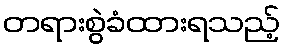
တရားစွဲခံထားရသည့်